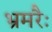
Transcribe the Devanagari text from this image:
भ्रमरैः